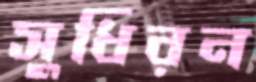
সুধিরন